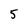
Character: 5